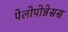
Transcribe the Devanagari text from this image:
पेलोपोन्नेसस